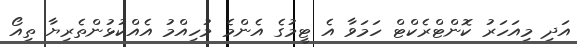
އަދި މިއަހަރު ކޮންޓްރެކްޓް ހަމަވާ އެ ޓީމުގެ އެންމެ މުހިއްމު އެއްކުޅުންތެރިޔާ ތިއޯ